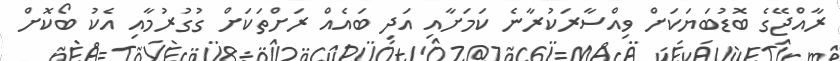
ރާއްޖޭގެ ބޮޑުބަޔަކަށް ވިއްސާރަކުރާނެ ކަމަށާއި އަދި ބައެއް ރަށްތަކަށް ގުގުރުމާއި އެކު ބޯކޮށް